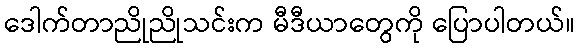
ဒေါက်တာညိုညိုသင်းက မီဒီယာတွေကို ပြောပါတယ်။